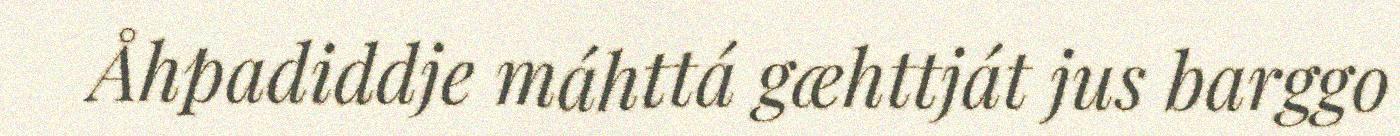
Åhpadiddje máhttá gæhttját jus barggo